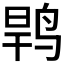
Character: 𱉶